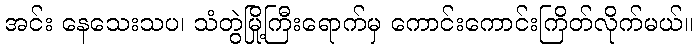
အင်း နေသေးသပ၊ သံတွဲမြို့ကြီးရောက်မှ ကောင်းကောင်းကြိတ်လိုက်မယ်။